Annual returns of the Patna Lunatic Asylum at Bankipore in Bihar and Orissa - 1912-1924
Year: 1912
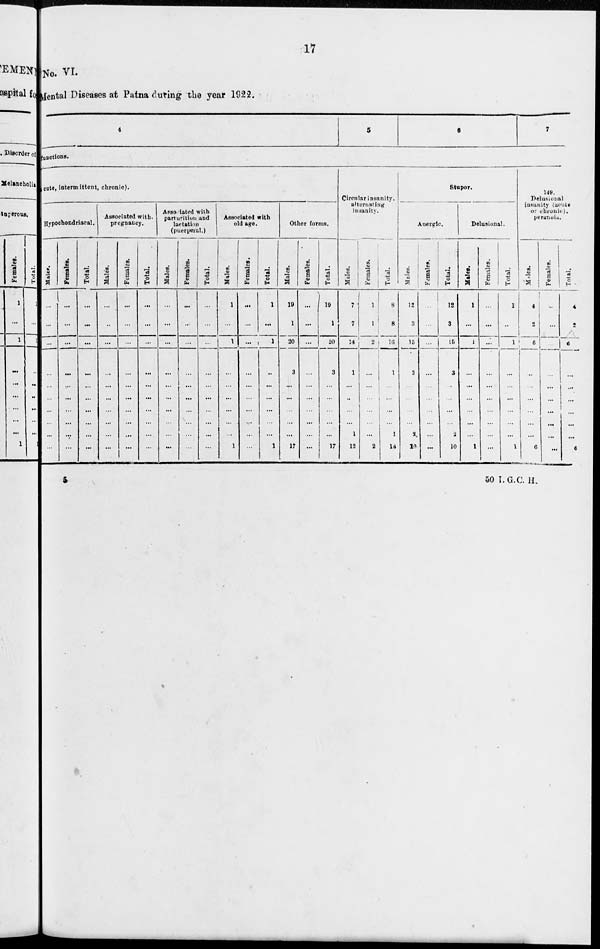
17
No. VI.
Mental Diseases at Patna during the year 1922.
4
5
6
7
functions.
acute, intermittent, chronic).
Hypochondriacal.
Males.
...
...
...
...
...
...
...
...
...
...
Females.
...
...
...
...
...
...
...
...
...
...
Total.
...
...
...
...
...
...
...
...
...
...
Associated with,
pregnancy.
Males.
...
...
...
...
...
...
...
...
...
...
Females.
...
...
...
...
...
...
...
...
...
...
Total.
...
...
...
...
...
...
...
...
...
...
Associated with
parturition and
lactation
(puerperal.)
Males.
...
...
...
...
...
...
...
...
...
...
Females.
...
...
...
...
...
...
...
...
...
...
Total.
...
...
...
...
...
...
...
...
...
...
Associated with
old age.
Males.
1
...
1
...
...
...
...
...
...
1
Females.
...
...
...
...
...
...
...
...
...
...
Total.
1
...
1
...
...
...
...
...
...
1
Other forms.
Males.
19
1
20
3
...
...
...
...
...
17
Females.
...
...
...
...
...
...
...
...
...
...
Total.
19
1
20
3
...
...
...
...
...
17
Circular insanity.
alternating
insanity.
Males.
7
7
14
1
...
...
...
...
1
12
Females.
1
1
2
...
...
...
...
...
...
2
Total.
8
8
16
1
...
...
...
...
1
14
Stupor.
Anergic.
Males.
12
3
15
3
...
...
...
...
2
10
Females.
...
...
...
...
...
...
...
...
...
...
Total.
12
3
15
3
...
...
...
...
2
10
Delusional.
Males.
1
....
1
...
...
...
...
...
...
1
Females.
...
...
...
...
...
...
...
...
...
...
Total.
1
...
1
...
...
...
...
...
...
1
149.
Delusional
insanity (acute
or chronic).
peranoia.
Males.
4
2
6
...
...
...
...
...
...
6
Females.
...
...
...
...
...
...
...
...
...
...
Total.
4
2
6
...
...
...
...
...
...
6
5
50
I.G.C. H.